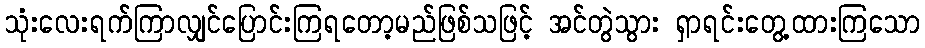
သုံးလေးရက်ကြာလျှင်ပြောင်းကြရတော့မည်ဖြစ်သဖြင့် အင်တွဲသွား ရှာရင်းတွေ့ထားကြသော